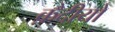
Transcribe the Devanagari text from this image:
क़ैदीयों